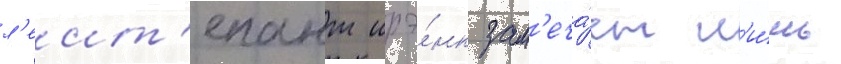
л'еит'енант шрэ́нк зам'еча́ет л'и́шь